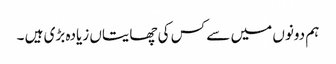
ہم دونوں میں سے کس کی چھایتاں زیادہ بڑی ہیں ۔